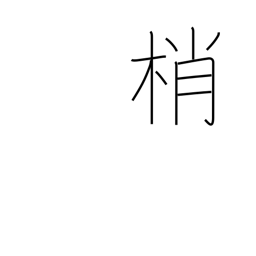
Meaning: treetops